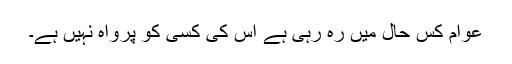
عوام کس حال میں رہ رہی ہے اُس کی کسی کو پرواہ نہیں ہے۔